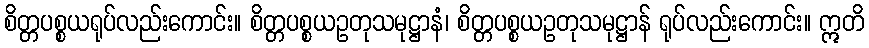
စိတ္တပစ္စယရုပ်လည်းကောင်း။ စိတ္တပစ္စယဥတုသမုဋ္ဌာနံ၊ စိတ္တပစ္စယဥတုသမုဋ္ဌာန် ရုပ်လည်းကောင်း။ ဣတိ